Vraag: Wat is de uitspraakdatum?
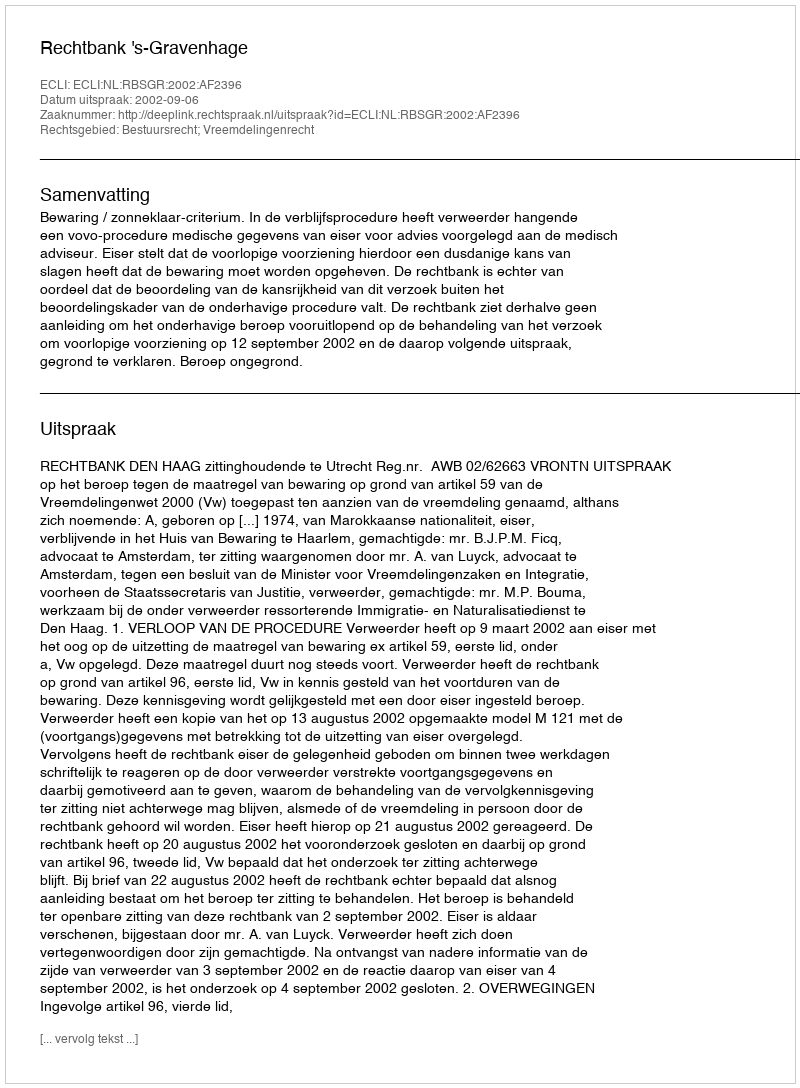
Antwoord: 2002-09-06